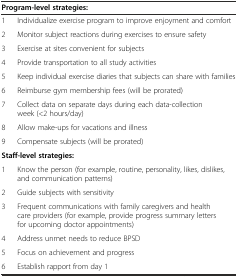
<table><thead><tr><td colspan="2"><b>Program-level strategies:</b></td></tr></thead><tbody><tr><td>1</td><td>Individualize exercise program to improve enjoyment and comfort</td></tr><tr><td>2</td><td>Monitor subject reactions during exercises to ensure safety</td></tr><tr><td>3</td><td>Exercise at sites convenient for subjects</td></tr><tr><td>4</td><td>Provide transportation to all study activities</td></tr><tr><td>5</td><td>Keep individual exercise diaries that subjects can share with families</td></tr><tr><td>6</td><td>Reimburse gym membership fees (will be prorated)</td></tr><tr><td>7</td><td>Collect data on separate days during each data-collection week (&lt;2 hours/day)</td></tr><tr><td>8</td><td>Allow make-ups for vacations and illness</td></tr><tr><td>9</td><td>Compensate subjects (will be prorated)</td></tr><tr><td colspan="2"><b>Staff-level strategies:</b></td></tr><tr><td>1</td><td>Know the person (for example, routine, personality, likes, dislikes, and communication patterns)</td></tr><tr><td>2</td><td>Guide subjects with sensitivity</td></tr><tr><td>3</td><td>Frequent communications with family caregivers and health care providers (for example, provide progress summary letters for upcoming doctor appointments)</td></tr><tr><td>4</td><td>Address unmet needs to reduce BPSD</td></tr><tr><td>5</td><td>Focus on achievement and progress</td></tr><tr><td>6</td><td>Establish rapport from day 1</td></tr></tbody></table>